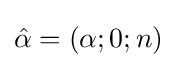
{\hat {\alpha }}=(\alpha ;0;n)